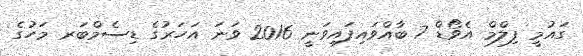
ގައުމީ ފިލްމް އެވޯޑް 7 ބާއްވައިފައިވަނީ 2016 ވަނަ އަހަރުގެ ޑިސެމްބަރ މަހުގެ